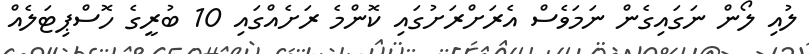
ލުއި ލޯން ނަގައިގެން ނަމަވެސް އެރަށްރަށުގައި ކޮންމެ ރަށެއްގައި 10 ބުރީގެ ހޮސްޕިޓަލެއް